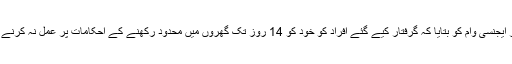
وزارت داخلہ نے سرکاری نیوز ایجنسی وام کو بتایا کہ گرفتار کیے گئے افراد کو خود کو 14 روز تک گھروں میں محدود رکھنے کے احکامات پر عمل نہ کرنے پر مقدمات کا سامنا کرنا ہو گا۔